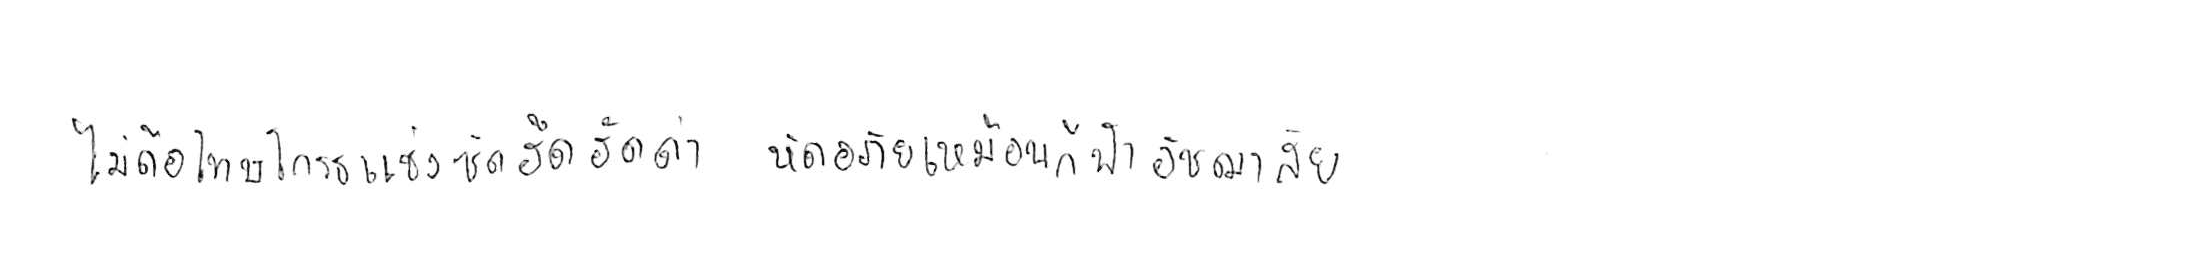
ไม่ถือโทษโกรธแช่งซัดฮึดฮัดด่า หัดอภัยเหมือนกีฬาอัชฌาสัย